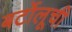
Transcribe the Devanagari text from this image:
बर्टोलूची